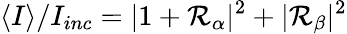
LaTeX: \langle I\rangle/I_{inc}=|1+{\cal R}_{\alpha}|^{2}+|{\cal R}_{\beta}|^{2}